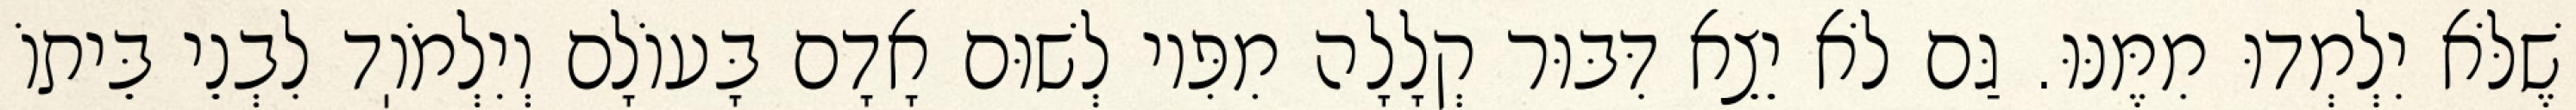
שֶׁלֹּא יִלְמְדוּ מִמֶּנּוּ. גַּם לֹא יֵצֵא דִּבּוּר קְלָלָה מִפִּיו לְשׁוּם אָדָם בָּעוֹלָם וְיִלְמֹוֽד לִבְנֵי בֵּיתוֹ